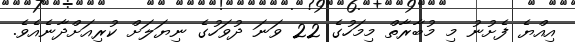
އިއްޔެ ފެށުނު މި މުބާރާތް މިމަހުގެ 22 ވަނަ ދުވަހުގެ ނިޔަލަށް ކުރިއަށްދާނެއެވެ.